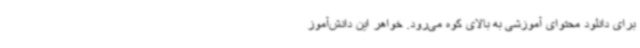
برای دانلود محتوای آموزشی به بالای کوه می‌رود. خواهر این دانش‌آموز